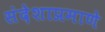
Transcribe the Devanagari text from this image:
संदेशाप्रमाणे